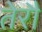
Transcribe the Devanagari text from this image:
तेरौ